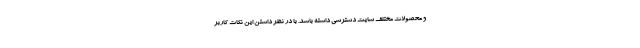
و محصولات مختلف سایت دسترسی داشته باشد. با در نظر داشتن این نکات کاربر